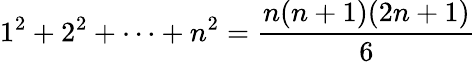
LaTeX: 1^{2}+2^{2}+\cdots+n^{2}={\frac{n(n+1)(2n+1)}{6}}